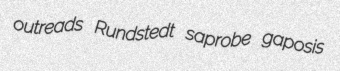
outreads Rundstedt saprobe gaposis